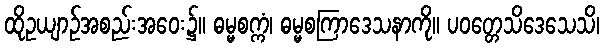
ထိုဥယျာဉ်အစည်းအဝေး၌။ ဓမ္မစက္ကံ၊ ဓမ္မစကြာဒေသနာကို။ ပဝတ္တေသိဒေသေသိ၊